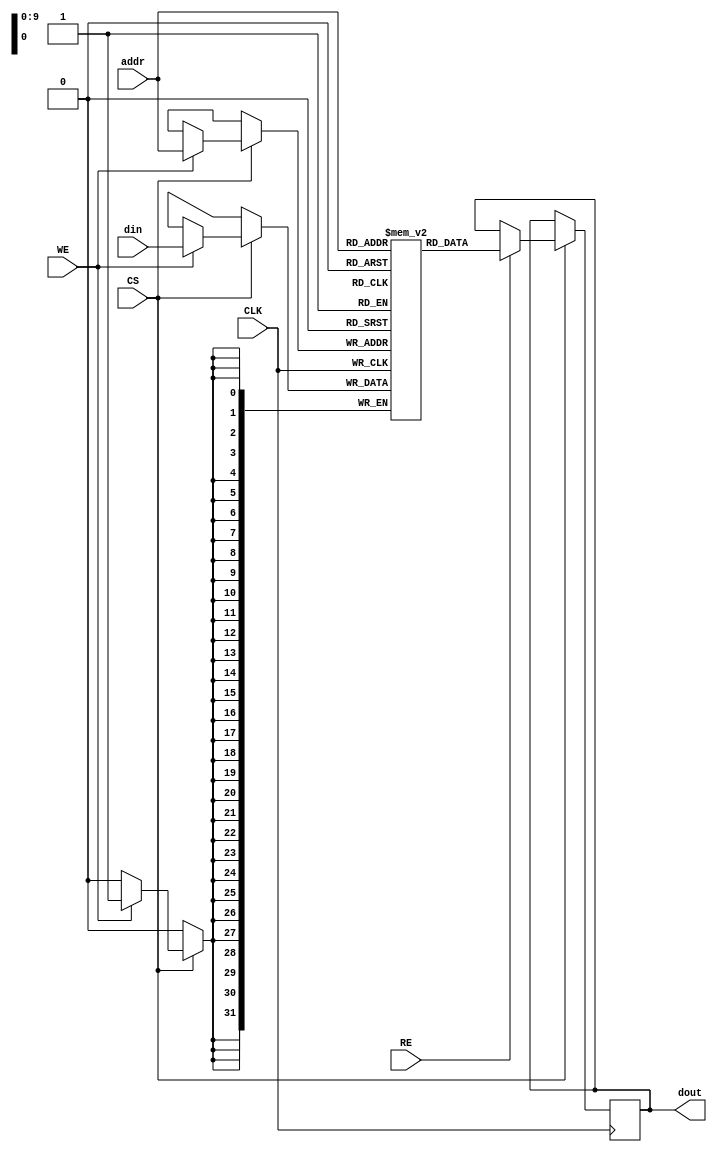
module BlockRAM #(
    parameter DATA_WIDTH = 32,        // Width of data (1 to 64 bits)
    parameter ADDR_WIDTH = 10,        // Address width based on depth (up to 2^ADDR_WIDTH locations)
    parameter DEPTH = 1 << ADDR_WIDTH  // Depth of the memory
) (
    input wire CLK,                    // Clock signal
    input wire CS,                     // Chip Select
    input wire WE,                     // Write Enable
    input wire RE,                     // Read Enable
    input wire [ADDR_WIDTH-1:0] addr, // Address bus
    input wire [DATA_WIDTH-1:0] din,   // Data input
    output reg [DATA_WIDTH-1:0] dout   // Data output
);

    // Memory array declaration
    reg [DATA_WIDTH-1:0] mem [0:DEPTH-1];

    // Synchronous write operation
    always @(posedge CLK) begin
        if (CS) begin
            if (WE) begin
                mem[addr] <= din; // Write data to memory
            end
            if (RE) begin
                dout <= mem[addr]; // Read data from memory
            end
        end
    end

    // Optional: Initialize memory (e.g., on reset/power-up)
    initial begin
        // You can add code to initialize the memory with specific values
        // For example: mem[0] = 32'hDEADBEEF; etc.
    end

endmodule